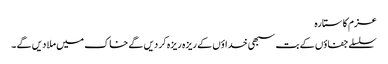
عزم کا ستارہ
سلسلے جفاؤں کے بت سبھی خداؤں کے ریزہ ریزہ کر دیں گے خاک میں ملا دیں گے ۔